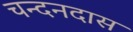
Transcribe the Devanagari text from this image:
चन्दनदास